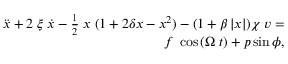
\begin{array} { r } { \ddot { \mathnormal { x } } + 2 \; \xi \; \dot { \mathnormal { x } } - \frac { 1 } { 2 } \; \mathnormal { x } \; ( 1 + 2 \delta \mathnormal { x } - \mathnormal { x } ^ { 2 } ) - ( 1 + \beta \left| x \right| ) \chi \; \mathnormal { v } = } \\ { \mathnormal { f } \; \cos { \left( \Omega \; t \right) } + \mathnormal { p } \sin { \phi } , } \end{array}